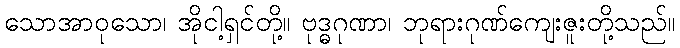
သောအာဝုသော၊ အိုငါ့ရှင်တို့။ ဗုဒ္ဓဂုဏာ၊ ဘုရားဂုဏ်ကျေးဇူးတို့သည်။